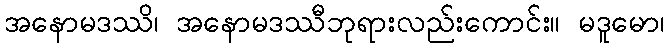
အနောမဒဿိ၊ အနောမဒဿီဘုရားလည်းကောင်း။ မဒူမော၊